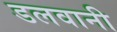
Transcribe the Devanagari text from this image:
डलवानी